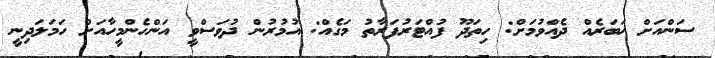
ސަންއަށް ޚަބަރެއް ދެއްވުމަށް: ހިތަދޫ ފުއްޓަރުފަރާތު މަގެއް: އުމުރުން ދުވަސްވީ އަންހެންމީހާއަށް ހަމަލަދިނީ